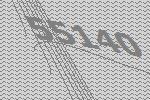
55140